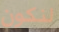
لنكون